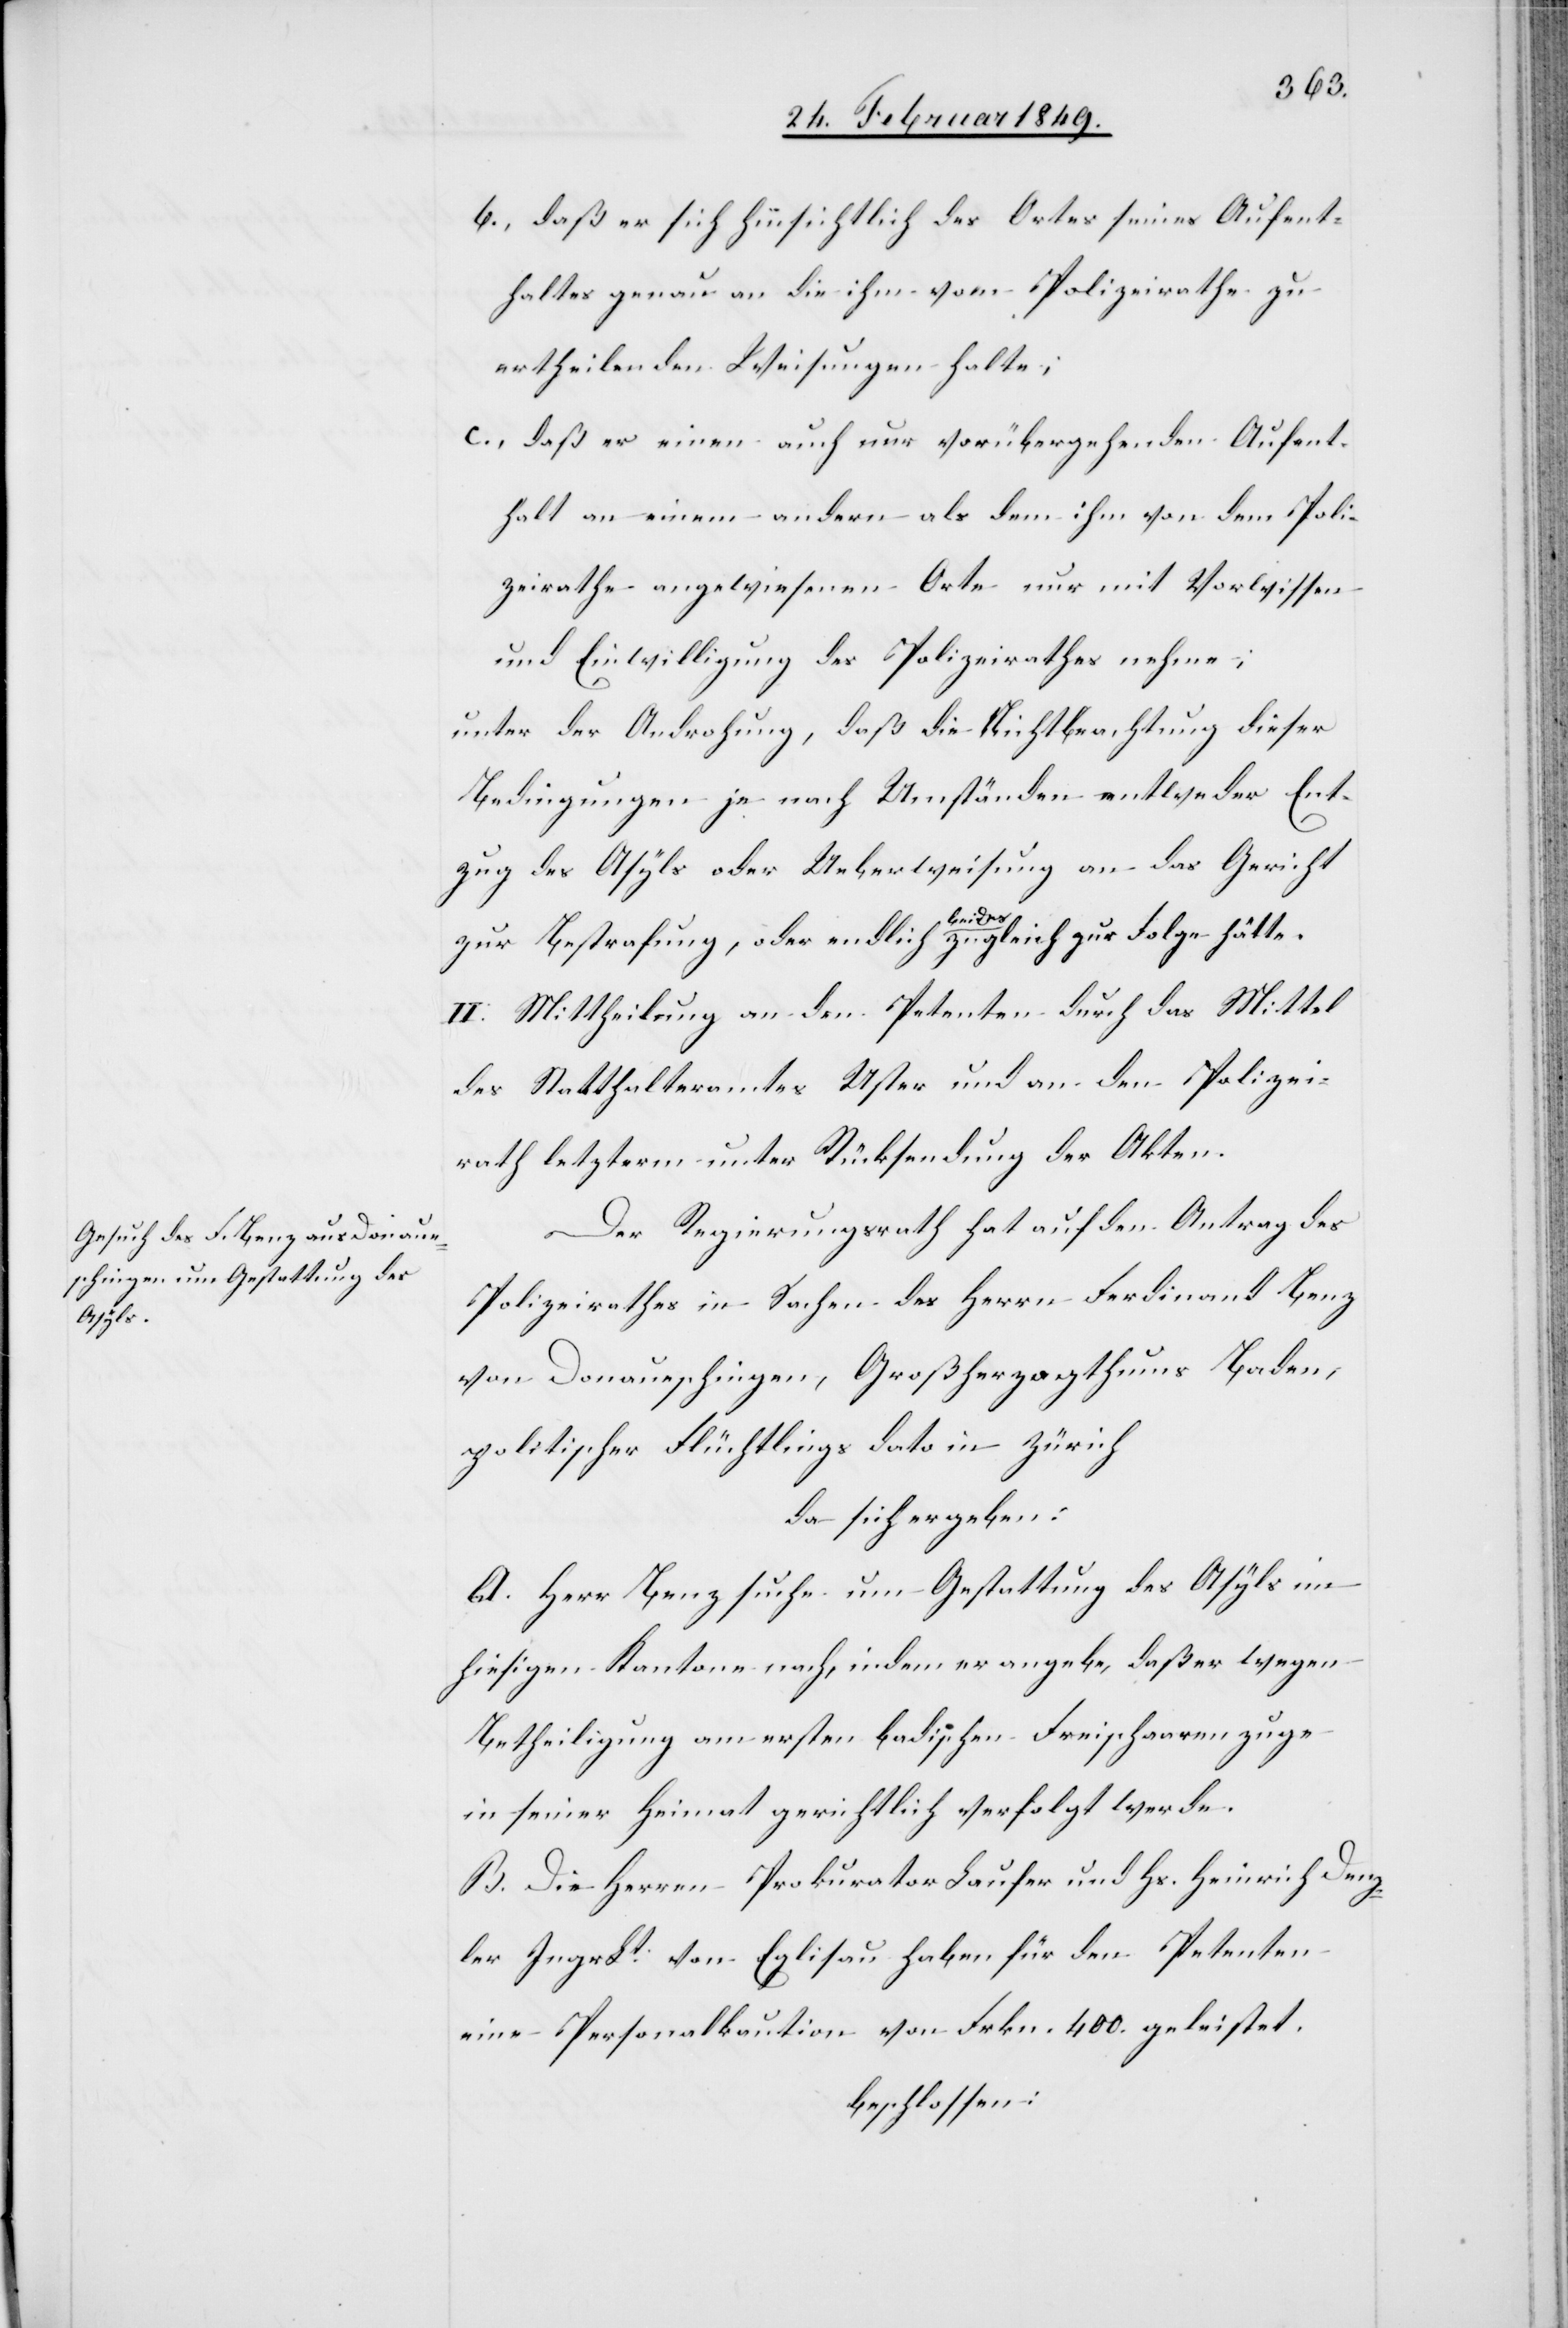
b., daß er sich hinsichtlich des Ortes seines Aufent¬
haltes genau an die ihm vom Polizeirathe zu
ertheilenden Weisungen halte;
c., daß er einen auch nur vorübergehenden Aufent¬
halt an einem andern als dem ihm von dem Poli¬
zeirathe angewiesenen Orte nur mit Vorwissen
und Einwilligung des Polizeirathes nehme;
unter der Androhung, daß die Nichtbeachtung dieser
Bedingungen je nach Umständen entweder Ent¬
zug des Asyls oder Ueberweisung an das Gericht
zur Bestrafung, oder endlich beides zugleich zur Folge hätte.
II. Mittheilung an den Petenten durch das Mittel
des Statthalteramtes Uster und an den Polizei¬
rath letzterm unter Rücksendung der Akten.
Der Regierungsrath hat auf den Antrag des
Polizeirathes in Sachen des Herrn Ferdinand Benz
von Donaueschingen, Großherzogthums Baden,
politischen Flüchtlings dato in Zürich
da sich ergeben:
A. Herr Benz suche um Gestattung des Asyls im
hiesigen Kantone nach, indem er angebe, daß er wegen
Betheiligung am ersten badischen Freischaarenzuge
in seiner Heimat gerichtlich verfolgt werde.
B. Die Herren Prokurator Laufer und Hs. Heinrich Denz¬
ler IngrLt. von Eglisau haben für den Petenten
eine Personalkaution von Frkn. 400. geleistet.
beschlossen: